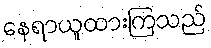
နေရာယူထားကြသည်